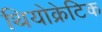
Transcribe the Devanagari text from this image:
थियोक्रेटिक